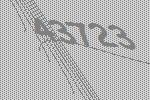
43723